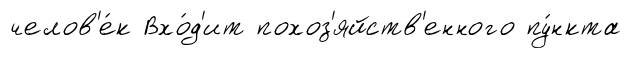
челов'е́к Вхо́д'ит похоз'яйств'енного пу́нкта